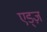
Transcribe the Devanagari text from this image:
एड्ज़